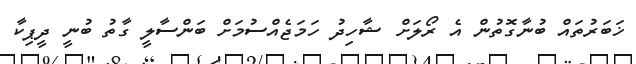
ޚަބަރުތައް ބުނާގޮތުން އެ ރޯލަށް ޝާހިދު ހަމަޖެއްސުމަށް ބަންސާލީ ގާތު ބުނީ ދީޕިކާ